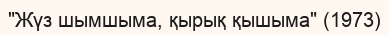
"Жүз шымшыма, қырық қышыма" (1973)